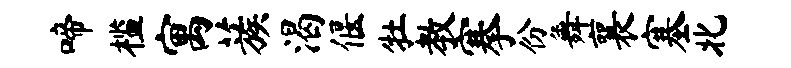
啼槛寓蔟渴偃牡教搴份舞襄塞北